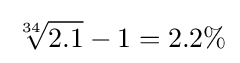
{\sqrt[{34}]{2.1}}-1=2.2\%